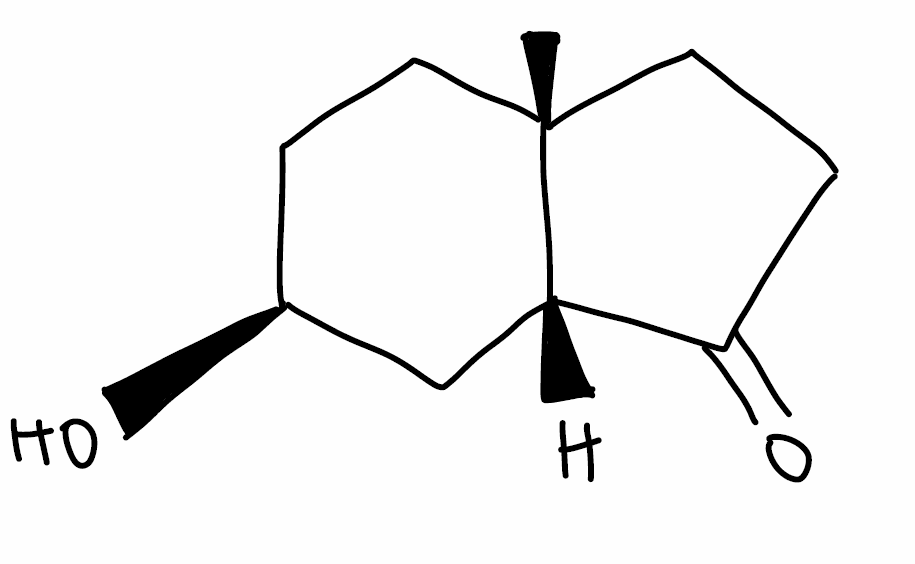
Simplified molecular-input line-entry system (SMILES) notation of the given molecule:
C[C@]12CC[C@@H](C[C@H]1C(=O)CC2)O